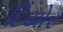
દિયોર